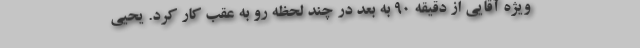
ویژه آقایی از دقیقه 90 به بعد در چند لحظه رو به عقب کار کرد. یحیی